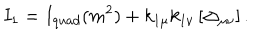
I _ { 1 } = I _ { q u a d } ( m ^ { 2 } ) + k _ { 1 \mu } k _ { 1 \nu } \left[ \Delta _ { \mu \nu } \right] .